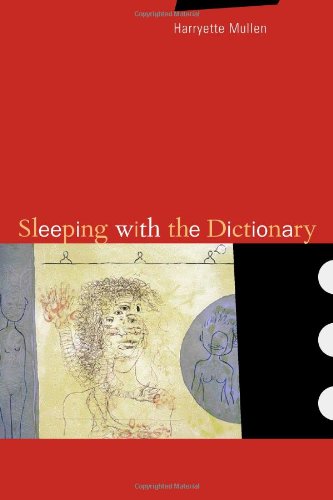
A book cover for Sleeping with the Dictionary (New California Poetry); Harryette Mullen; Literature & Fiction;